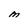
Character: M